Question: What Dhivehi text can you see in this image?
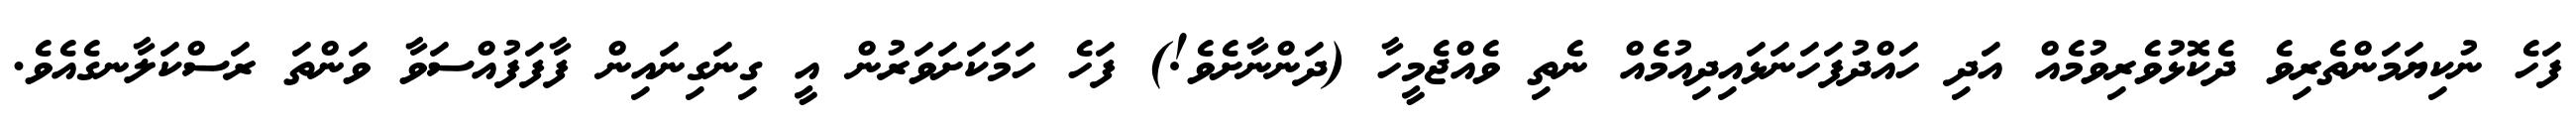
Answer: ފަހެ ނުކިޔަމަންތެރިވެ ދެކޮޅުވެރިވުމެއް އަދި ހައްދުފަހަނަޅައިދިއުމެއް ނެތި ވެއްޖެމީހާ (ދަންނާށެވެ!) ފަހެ ހަމަކަށަވަރުން އީ ގިނަގިނައިން ފާފަފުއްސަވާ ވަންތަ ރަސްކަލާނގެއެވެ.